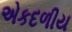
એકદળીય